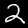
Label: 2